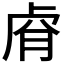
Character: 𮓢